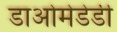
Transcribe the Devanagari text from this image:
डाओमेडेडी